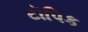
ટૉપિક